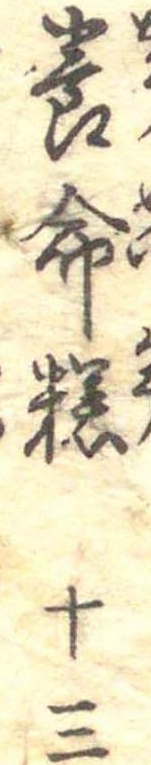
養命糕十三